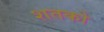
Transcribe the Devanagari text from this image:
शतको